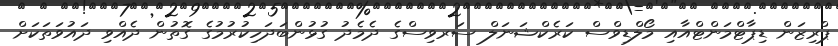
ޕްރިޒަން ޑިޕާޓްމަންޓްއާއި މޯލްޑިވްސް ކަރެކްޝަނަލް ސަރވިސްގެ ދެމެދު ގުޅުންބަދަހިކުރުމުގެ ގޮތުން ދެއްވި ދައުވަތަކަށް